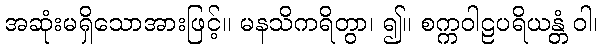
အဆုံးမရှိသောအားဖြင့်။ မနသိကရိတွာ၊ ၍။ စက္ကဝါဠပရိယန္တံ ဝါ၊